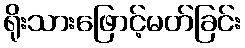
ရိုးသားဖြောင့်မတ်ခြင်း